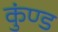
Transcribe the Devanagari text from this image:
कुंण्ड